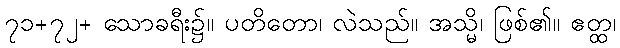
၇၁+၇၂+ သောခရီး၌။ ပတိတော၊ လဲသည်။ အသ္မိ၊ ဖြစ်၏။ ဧတ္ထ၊